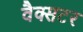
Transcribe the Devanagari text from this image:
वैक्सटर